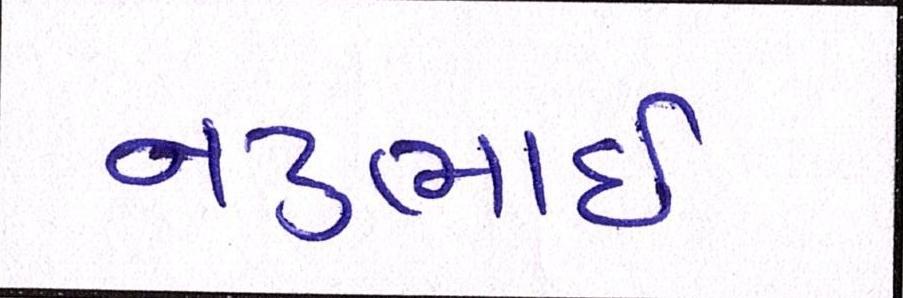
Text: નટુભાઈ